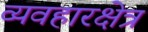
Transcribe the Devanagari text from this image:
व्यवहारक्षेत्र